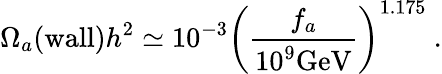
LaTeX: \Omega_{a}(\mathrm{wall})h^{2}\simeq 10^{-3}\left(\frac{f_{a}}{10^{9}\mathrm{GeV}}\right)^{1.175}\ .